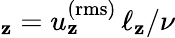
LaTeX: _\mathbf{z}=u_{\mathbf{z}}^{\mathrm{{(rms)}}}\, \ell_{\mathbf{z}}/\nu